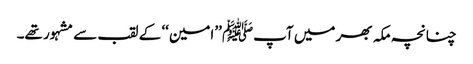
چنانچہ مکہ بھر میں آپﷺ ’’امین‘‘ کے لقب سے مشہور تھے۔